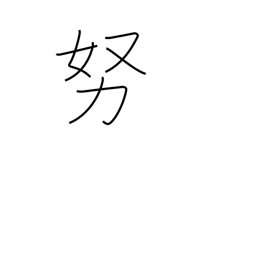
Meaning: as much as possible